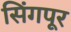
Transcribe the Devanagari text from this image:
सिंगपूर